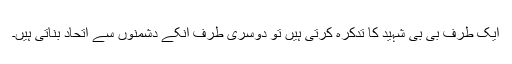
ایک طرف بی بی شہید کا تدکرہ کرتی ہیں تو دوسری طرف انکے دشمنوں سے اتحاد بناتی ہیں۔